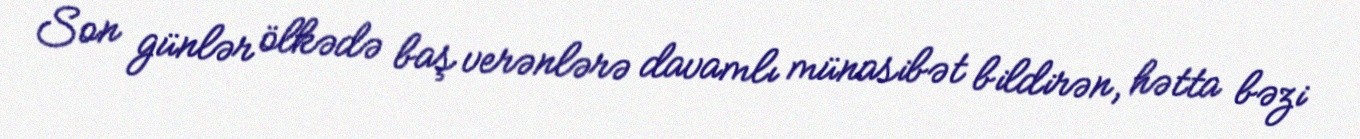
Son günlər ölkədə baş verənlərə davamlı münasibət bildirən, hətta bəzi